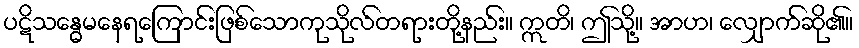
ပဋိသန္ဓေမနေရကြောင်းဖြစ်သောကုသိုလ်တရားတို့နည်း။ ဣတိ၊ ဤသို့။ အာဟ၊ လျှောက်ဆို၏။